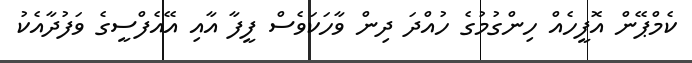
ކެމްޕޭން އޮފީހެއް ހިންގުމުގެ ހުއްދަ ދިން ވާހަކަވެސް ފީފާ އާއި އޭއެފްސީގެ ވަފުދާއެކު